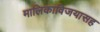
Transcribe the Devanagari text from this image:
मालिकाविजयासह